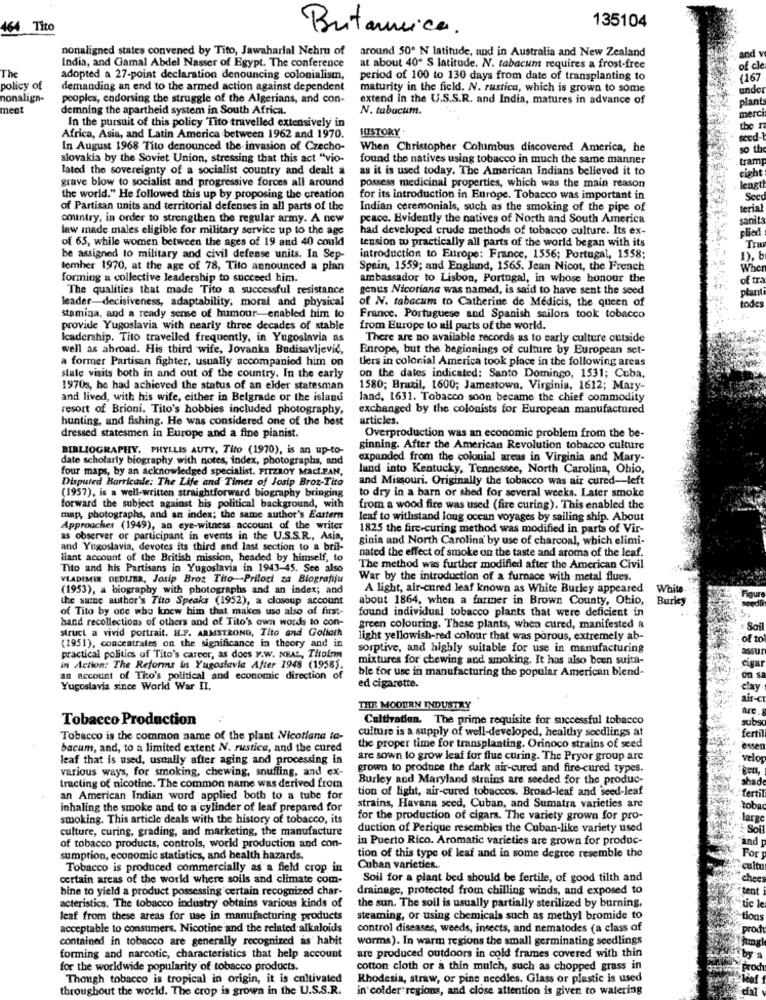
135104
464 Tito
Britannica.
nonaligned states convened by Tito, Jawaharlal Nehru of
around 50º N latitude, and in Australia and New Zealand
and y
India, and Gamal Abdel Nasser of Egypt. The conference
at about 40" S latitude. N. tabacum requires a frost-free
of cle
The
adopted a 27-point declaration denouncing colonialism,
period of 100 to 130 days from date of transplanting to
(167
policy of
demanding an end to the armed action against dependent
maturity in the field. N. rustica, which is grown to some
under
nonalign-
peoples, endorsing the struggle of the Algerians, and con-
extend in the U.S.S.R. and India, matures in advance of
ment
demning the apartheid system in South Africa.
N. tabacum.
plan
In the pursuit of this policy Tito travelled extensively in
merci
HISTORY
the r
Africa, Asia, and Latin America between 1962 and 1970.
seed-
In August 1968 Tito denounced the invasion of Czecho-
When Christopher Columbus discovered America, he
50 th
slovakia by the Soviet Union, stressing that this act "vio-
found the natives using tobacco in much the same manner
tram
lated the sovereignty of a socialist country and dealt a
as it is used today. The American Indians believed it to
grave blow to socialist and progressive forces all around
possess medicinal properties, which was the main reason
eight
. length
the world." He followed this up by proposing the creation
for its introduction in Europe. Tobacco was important in
Sec
of Partisan units and territorial defenses in all parts of the
Indian ceremonials, such as the smoking of the pipe of
terial
country, in order to strengthen the regular army. A new
peace. Evidently the natives of North and South America
sanit
law made males eligible for military service up to the age
had developed crude methods of tobacco culture. Its ex-
plied
of 65, while women between the ages of 19 and 40 could
tension w practically all parts of the world began with its
Tra
be assigned to military and civil defense units. In Sep-
introduction to Europe: France, 1556; Portugal, 1558;
lemher 1970, at the age of 78, Tito announced a plan
Spein, 1559; and England, 1565. Jean Nicot, the French
When
forming a collective leadership to succeed him.
ambassador to Lisbon, Portugal, in whose honour the
of tra
The qualities that made Tito a successful resistance
genus Nicotiana was named, is said to have sent the seed
plant
leader-decisiveness, adaptability, moral and physical
of N. tabacum to Catherine de Medicis, the queen of
todes
stamina, and a ready sense of humour-enabled him to
France. Portuguese and Spanish sailors took tobacco
provide Yugoslavia with nearly three decades of stable
from Europe to all parts of the world.
Icadership. Tito travelled frequently, in Yugoslavia as
There are no available records as to early culture outside
well as abroad. His third wife, Jovanka Budisavljević,
Enrope, but the beginnings of culture by European set-
a former Partisan fighter, usually accompanied him on
ters in colonial America took place in the following areas
stale visits both in and out of the country. In the early
on the dates indicated: Santo Domingo, 1531; Cuba,
1970s, he had achieved the status of an elder statesman
1580; Brazil, 1600; Jamestown, Virginia, 1612; Mary-
and lived, with his wife, either in Belgrade or the island
land, 1631. Tobacco soon became the chief commodity
resort of Brioni. Tito's hobbies included photography,
exchanged by the colonists for European manufactured
hunting, and fishing. He was considered one of the best
articles.
dressed statesmen in Europe and a fine pianist.
Overproduction was an economic problem from the be-
BIBLIOGRAPHY. PHYLLIS AUTY, Tito (1970), is an up-to-
ginning. After the American Revolution tobacco culture
date scholarly biography with notes, index, photographs, and
expanded from the colonial areas in Virginia and Mary-
four maps, by an acknowledged specialist. FITZROY MacL.PAN,
land into Kentucky, Tennessee, North Carolina, Ohio,
Disputed Barricade: The Life and Times of Josip Broz-Tito
and Missouri. Originally the tobacco was air cured-left
to dry in a barn or shed for several weeks. Later smoke
(1957), is a well-written straightforward biography bringing
forward the subject against his political background, with
from a wood fire was used (fire curing). This enabled the
map, photographs, and an index; the same author's Eastern
leaf to withstand long ocean voyages by sailing ship. About
Approaches (1949), an eye-witness account of the writer
1825 the fire-curing method was modified in parts of Vir-
as observer or participant in events in the U.S.S.R ., Asia,
ginia and North Carolina' by use of charcoal, which elimi-
and Yugoslavia, devotes its third and last section to a bril-
llant account of the British mission, headed by himself, to
nated the effect of smoke on the taste and aroma of the leaf.
Tito and his Partisans in Yugoslavia in 1943-45. See also
The method was further modified after the American Civil
VLADIMIR DEDIJER, Josip Broz Tito-Prilozi za Biografiju
War by the introduction of a furnace with metal flues.
(1953), a biography with photographs and an index; and
A light, air-cured leaf known as White Burley appeared White
the same author's Tito Speaks (1952), a closeup account
about 1864, when a farmer in Brown County, Ohio,
Burley
Figur
of Tito by one who knew him that makes use also of first-
found individual tobacco plants that were deficient in
hand recollections of others and of Tito's own words to con-
struct a vivid portrait. H.F. ARMSTRONG, Tito and Goliath
green colouring. These plants, when cured, manifested &
Soil
light yellowish-red colour that was porous, extremely ab-
of to
(1951), concentrates on the significance in theory and in
sorptive, and highly suitable for use in manufacturing
assur
practical politics of Tito's career, as does F.W. NRAL, Titoin
mixtures for chewing and smoking. It has also been suita-
in Action: The Reforms in Yugoslavia After 1948 (1958).
ble for use in manufacturing the popular American blend-
cigar
an account of Tito's political and economic direction of
on s
Yugoslavia since World War II.
ed cigarette.
clay
air-
THE MOODRN INDUSTRY
are
Tobacco Production
Cultivation. The prime requisite for successful tobacco
subs
culture is a supply of well-developed, healthy seedlings at
Tobacco is the common name of the plant Nicotiana ta-
fertil
bacum, and, to a limited extent N. rustice, and the cured
the proper time for transplanting. Orinoco strains of seed
essen
leaf that is used, usually after aging and processing in
arc sown to grow leaf for flue curing. The Pryor group arc
velo
various ways, for smoking, chewing, snuffing, and ex-
grown to produce the dark air-cured and fire-cured types.
Burley and Maryland strains are seeded for the produc-
shad
tracting of nicotine. The common name was derived from
tion of light, air-cured tobaccos. Broad-leaf and seed-leaf
an American Indian word applied both to a tube for
fertil
inhaling the smoke and to a cylinder of leaf prepared for
strains, Havana seed, Cuban, and Sumatra varieties are
smoking. This article deals with the history of tobacco, its
for the production of cigars. The variety grown for pro-
large
culture, curing, grading, and marketing, the manufacture
duction of Perique resembles the Cuban-like variety used
Sol
of tobacco products, controls, world production and con-
in Puerto Rico. Aromatic varieties are grown for produc-
and
sumption, economic statistics, and health hazards.
tion of this type of leaf and in some degree resemble the
For
Tobacco is produced commercially as a field crop in
Cuban varieties.
culti
certain areas of the world where soils and climate com-
Soil for a plant bed should be fertile, of good tilth and
chee
bine to yield a product possessing certain recognized char-
drainage, protected from chilling winds, and exposed to
tent
acteristics. The tobacco industry obtains various kinds of
the sun. The soil is usually partially sterilized by burning,
"tic
leaf from these areas for use in manufacturing products
steaming, or using chemicals such as methyl bromide to
tion
acceptable to consumers. Nicotine and the related alkaloids
control diseases, weeds, insects, and nematodes (a class of
prod
contained in tobacco are generally recognized as habit
worms). In warm regions the small germinating seedlings
forming and narcotic, characteristics that help account
are produced outdoors in cold frames covered with thin
by
for the worldwide popularity of tobacco products.
cotton cloth or a thin mulch, such as chopped grass in
prod
Though tobacco is tropical in origin, it is cultivated
Rhodesia, straw, or pine needles. Glass or plastic is used
throughout the world. The crop is grown in the U.S.S.R.
in colder regions, and close attention is given to watering